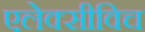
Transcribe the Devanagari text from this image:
एलेक्सीविच